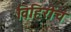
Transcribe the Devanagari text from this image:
विहिरींचं